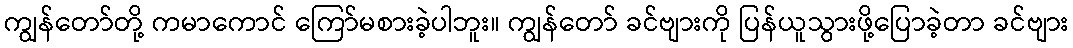
ကျွန်တော်တို့ ကမာကောင် ကြော်မစားခဲ့ပါဘူး။ ကျွန်တော် ခင်ဗျားကို ပြန်ယူသွားဖို့ပြောခဲ့တာ ခင်ဗျား